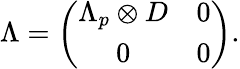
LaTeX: \Lambda=\left(\begin{array}{cc}{{\Lambda_{p}\otimes D}}&{{0}}\\ {{0}}&{{0}}\end{array}\right).